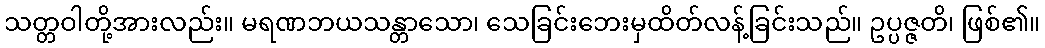
သတ္တဝါတို့အားလည်း။ မရဏဘယသန္တာသော၊ သေခြင်းဘေးမှထိတ်လန့်ခြင်းသည်။ ဥပ္ပဇ္ဇတိ၊ ဖြစ်၏။